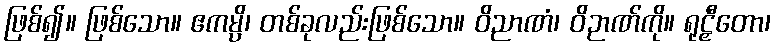
ဖြစ်၍။ ဖြစ်သော။ ဧကမ္ပိ၊ တစ်ခုလည်းဖြစ်သော။ ဝိညာဏံ၊ ဝိဉာဏ်ကို။ ရုဠှီတော၊